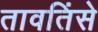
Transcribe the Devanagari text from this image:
तावतिंसे